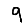
Digit: 9